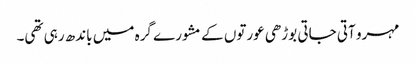
مہرو آتی جاتی بوڑھی عورتوں کے مشورے گرہ میں باندھ رہی تھی۔